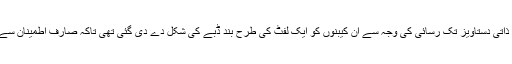
ای میل یا دیگر ذاتی دستاویز تک رسائی کی وجہ سے ان کیبنوں کو ایک لفٹ کی طرح بند ڈبے کی شکل دے دی گئی تھی تاکہ صارف اطمینان سے کام کر سکے۔